Problem: 30 + 26 = ?
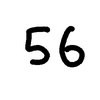
Handwritten answer: 56